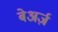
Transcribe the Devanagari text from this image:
बेअर्ज़